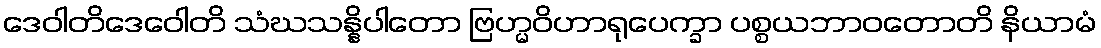
ဒေဝါတိဒေဝေါတိ သံဃသန္နိပါတော ဗြဟ္မဝိဟာရုပေက္ခာ ပစ္စယဘာဝတောတိ နိယာမံ